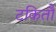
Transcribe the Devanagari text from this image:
टकितौ